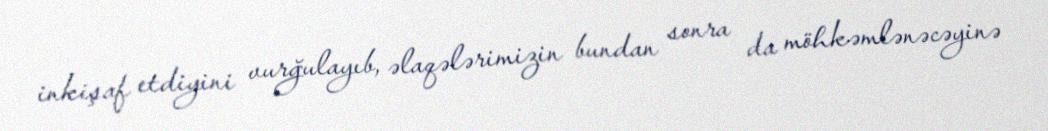
inkişaf etdiyini vurğulayıb, əlaqələrimizin bundan sonra da möhkəmlənəcəyinə